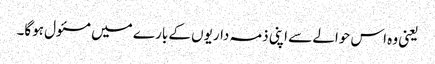
یعنی وہ اس حوالے سے اپنی ذمہ داریوں کے بارے میں مسئول ہوگا۔